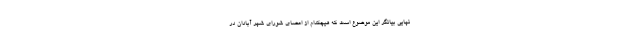
نهایی بیانگر این موضوع است که هیچکدام از اعضای شورای شهر آبادان در